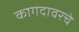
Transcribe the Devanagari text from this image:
कागदावरचे